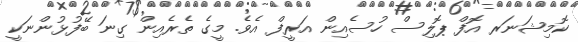
ކޮމިޝަނަރ އޮފް ޕޮލިސް ހުސެއިން އަރީފް އެވެ. މީގެ ތެރެއިން ގިނަ ބޭފުޅުންނަކީ